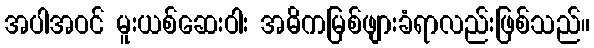
အပါအဝင် မူးယစ်ဆေးဝါး အဓိကမြစ်ဖျားခံရာလည်းဖြစ်သည်။